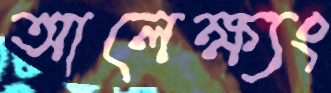
আলেক্ষ্যং